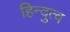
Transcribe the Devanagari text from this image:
हिन्‍दुत्‍व